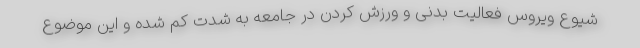
شیوع ویروس فعالیت بدنی و ورزش کردن در جامعه به شدت کم شده و این موضوع